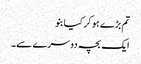
تم بڑے ہو کر کیا بنو
ایک بچہ دوسرے سے۔